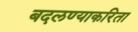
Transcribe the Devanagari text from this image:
बदलण्याकरिता